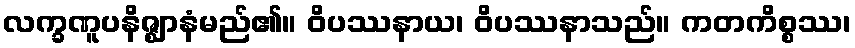
လက္ခဏူပနိဇ္ဈာနံမည်၏။ ဝိပဿနာယ၊ ဝိပဿနာသည်။ ကတကိစ္စဿ၊